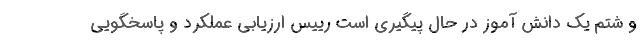
و شتم یک دانش آموز در حال پیگیری است رییس ارزیابی عملکرد و پاسخگویی